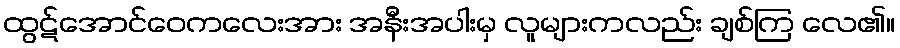
ထွဋ်အောင်ဝေကလေးအား အနီးအပါးမှ လူများကလည်း ချစ်ကြ လေ၏။